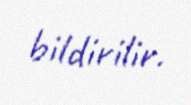
bildirilir.